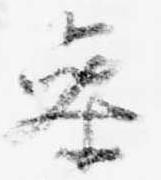
参